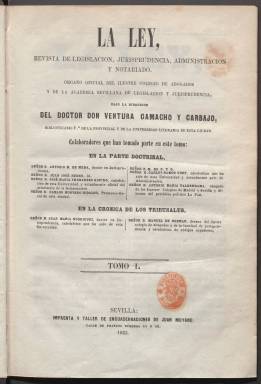
Título: La Ley (Sevilla)
Colección: Derecho
Ámbito geográfico: Sevilla
Lugar de publicación: Sevilla
Fechas: 01/01/1853-30/12/1857